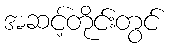
အဆင့်တိုင်းတွင်